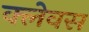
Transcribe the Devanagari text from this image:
क्लेवस